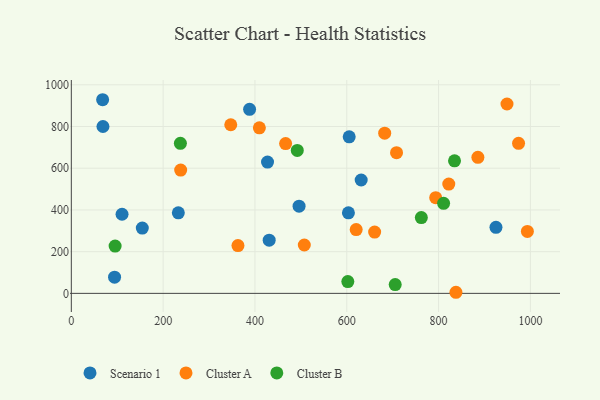
{"axis": {"x": "Speed", "y": "Sales"}, "legend": ["Cluster A", "Cluster B", "Scenario 1"], "data": [{"x": "388.3", "y": 882.3, "type": "Scenario 1"}, {"x": "68.9", "y": 800.0, "type": "Scenario 1"}, {"x": "94.2", "y": 77.7, "type": "Scenario 1"}, {"x": "496.1", "y": 418.1, "type": "Scenario 1"}, {"x": "427.4", "y": 629.3, "type": "Scenario 1"}, {"x": "431.0", "y": 254.9, "type": "Scenario 1"}, {"x": "154.6", "y": 313.2, "type": "Scenario 1"}, {"x": "925.0", "y": 316.7, "type": "Scenario 1"}, {"x": "631.4", "y": 543.6, "type": "Scenario 1"}, {"x": "605.3", "y": 750.6, "type": "Scenario 1"}, {"x": "68.2", "y": 928.5, "type": "Scenario 1"}, {"x": "110.5", "y": 379.3, "type": "Scenario 1"}, {"x": "603.6", "y": 386.2, "type": "Scenario 1"}, {"x": "233.1", "y": 386.1, "type": "Scenario 1"}, {"x": "708.4", "y": 674.8, "type": "Cluster A"}, {"x": "974.2", "y": 719.6, "type": "Cluster A"}, {"x": "363.0", "y": 229.0, "type": "Cluster A"}, {"x": "660.7", "y": 294.0, "type": "Cluster A"}, {"x": "885.6", "y": 652.4, "type": "Cluster A"}, {"x": "822.2", "y": 524.1, "type": "Cluster A"}, {"x": "507.5", "y": 231.9, "type": "Cluster A"}, {"x": "347.3", "y": 808.5, "type": "Cluster A"}, {"x": "837.8", "y": 5.2, "type": "Cluster A"}, {"x": "682.6", "y": 768.3, "type": "Cluster A"}, {"x": "409.6", "y": 793.9, "type": "Cluster A"}, {"x": "620.5", "y": 305.7, "type": "Cluster A"}, {"x": "466.8", "y": 718.3, "type": "Cluster A"}, {"x": "793.7", "y": 459.0, "type": "Cluster A"}, {"x": "238.2", "y": 591.4, "type": "Cluster A"}, {"x": "949.0", "y": 907.9, "type": "Cluster A"}, {"x": "993.4", "y": 296.9, "type": "Cluster A"}, {"x": "492.2", "y": 685.2, "type": "Cluster B"}, {"x": "237.6", "y": 719.5, "type": "Cluster B"}, {"x": "705.5", "y": 42.0, "type": "Cluster B"}, {"x": "602.3", "y": 56.3, "type": "Cluster B"}, {"x": "834.7", "y": 635.4, "type": "Cluster B"}, {"x": "762.4", "y": 363.4, "type": "Cluster B"}, {"x": "95.4", "y": 226.6, "type": "Cluster B"}, {"x": "810.9", "y": 431.9, "type": "Cluster B"}]}